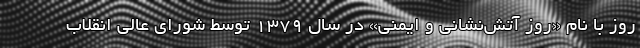
روز با نام «روز آتش‌نشانی و ایمنی» در سال ۱۳۷۹ توسط شورای عالی انقلاب